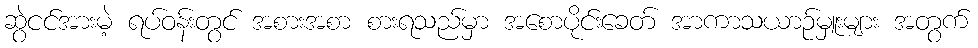
ဆွဲငင်အားမဲ့ ရပ်ဝန်းတွင် အစားအစာ စားရသည်မှာ အစောပိုင်းခေတ် အာကာသယာဉ်မှူးများ အတွက်